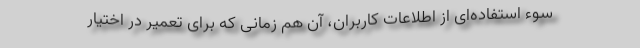
سوء استفاده‌ای از اطلاعات کاربران، آن هم زمانی که برای تعمیر در اختیار